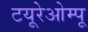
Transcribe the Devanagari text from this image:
टयूरेओम्पू